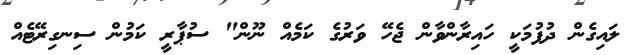
ލައިގެން ދުފުމަކީ ހައިރާންވާން ޖެހޭ ވަރުގެ ކަމެއް ނޫން" ސުޕާރީ ކަމުން ސިނގިރޭޓެއް